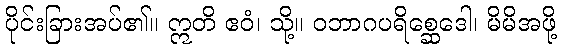
ပိုင်းခြားအပ်၏။ ဣတိ ဧဝံ၊ သို့။ ဝဘာဂပရိစ္ဆေဒေါ၊ မိမိအဖို့